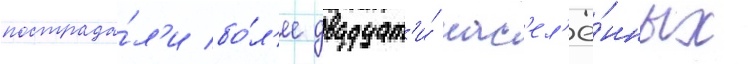
пострада́л'и бо́л'ее двадцат'и́ нас'ел'ё́нных